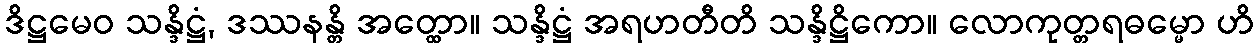
ဒိဋ္ဌမေဝ သန္ဒိဋ္ဌံ, ဒဿနန္တိ အတ္ထော။ သန္ဒိဋ္ဌံ အရဟတီတိ သန္ဒိဋ္ဌိကော။ လောကုတ္တရဓမ္မော ဟိ